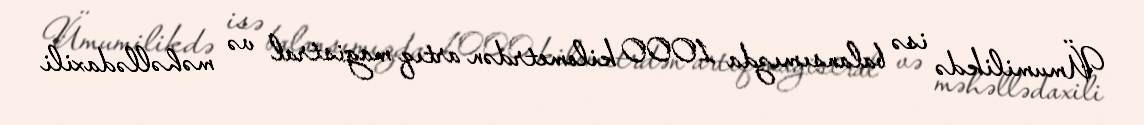
Ümumilikdə isə balansımızda 1000 kilometrdən artıq magistral və məhəllədaxili